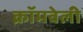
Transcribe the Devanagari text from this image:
क्रॉमवेली